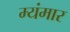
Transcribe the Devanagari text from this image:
म्यंमार